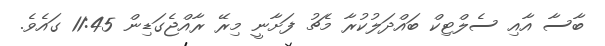
ބާސާ އާއި ސެލްޓިކް ބައްދަލުކުރާ މެޗު ފަށާނީ މިރޭ ރާއްޖެގަޑިން 11:45 ގައެވެ.